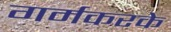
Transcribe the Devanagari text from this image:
गर्मकरके